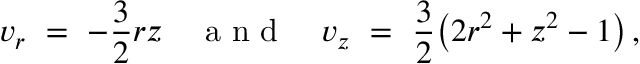
v _ { r } \ = \ - \frac 3 2 r z { ~ ~ ~ \mathrm { ~ a ~ n ~ d ~ } ~ ~ ~ } v _ { z } \ = \ \frac 3 2 \big ( 2 r ^ { 2 } + z ^ { 2 } - 1 \big ) \, ,